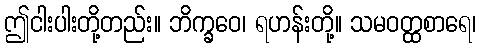
ဤငါးပါးတို့တည်း။ ဘိက္ခဝေ၊ ရဟန်းတို့။ သမဝတ္ထစာရေ၊